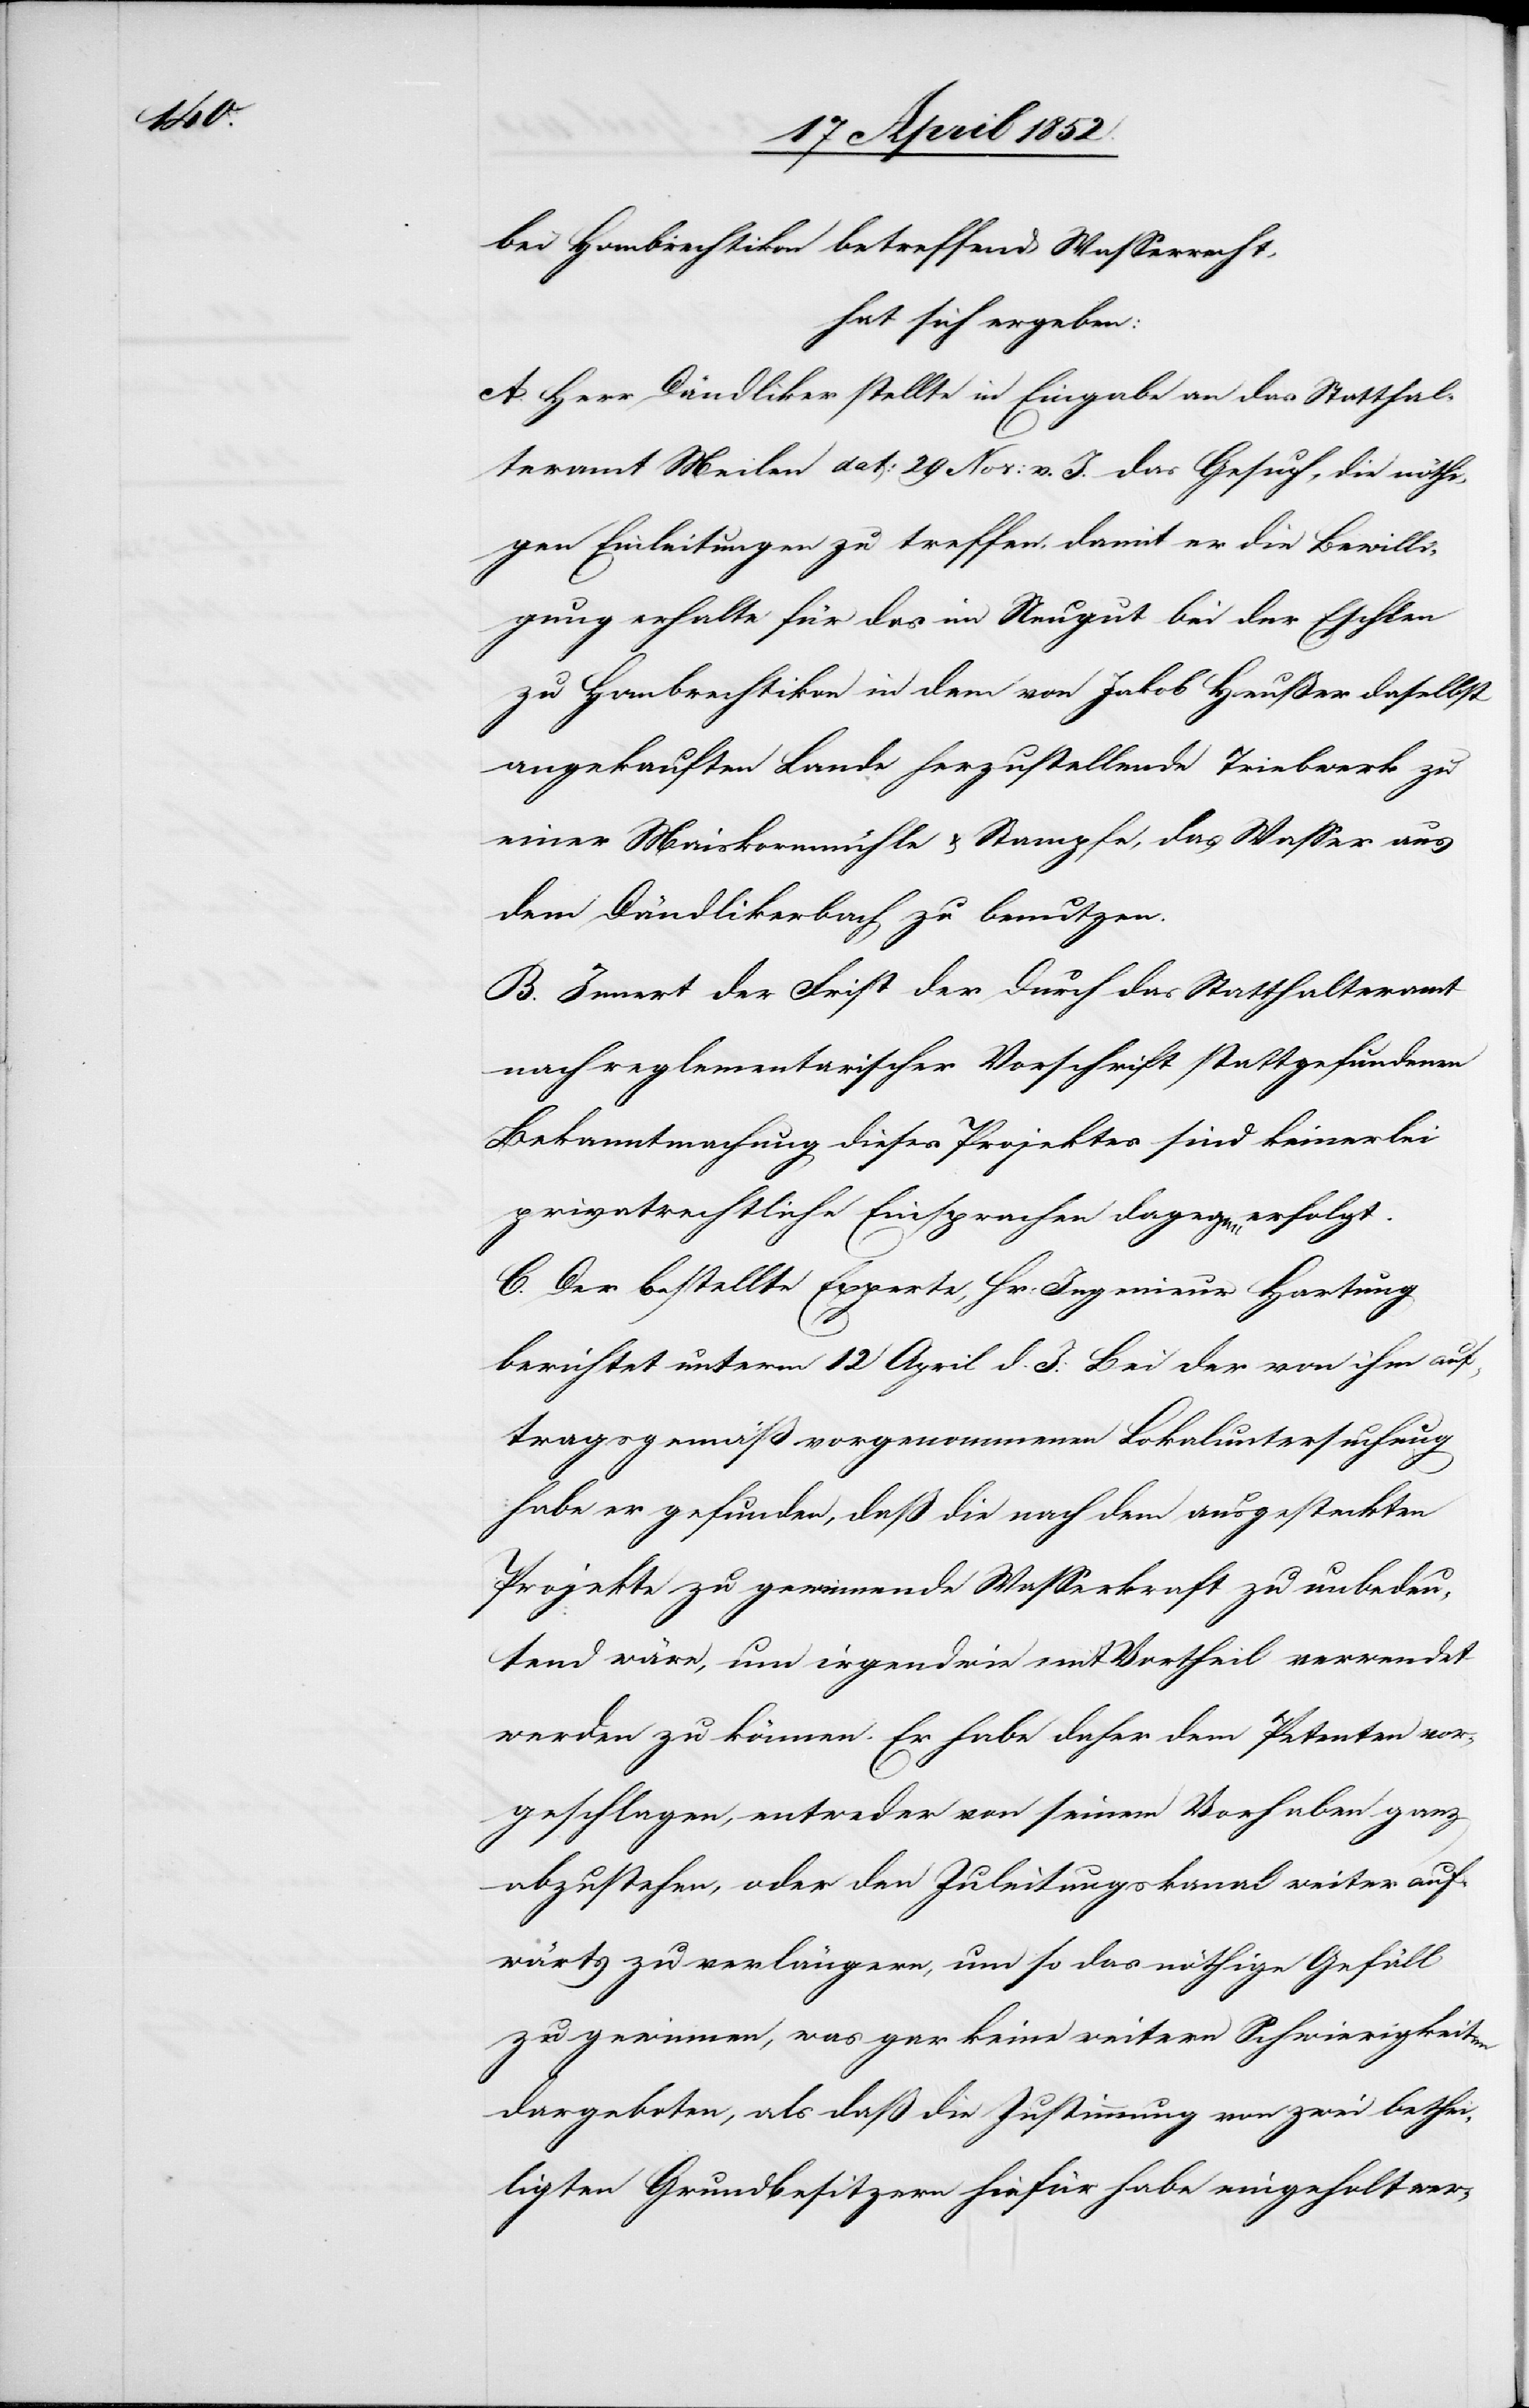
bei Hombrechtikon betreffend Wasserrecht,
hat sich ergeben:
A. Herr Dändliker stellte in Eingabe an das Statthal¬
teramt Meilen dat: 29 Nov: v. J. das Gesuch, die nöthi¬
gen Einleitungen zu treffen, damit er die Bewilli¬
gung erhalte für das im Neugut bei der Eschlen
zu Hombrechtikon in dem von Jakob Heußer daselbst
angekauften Lande herzustellende Triebwerk zu
einer Maiskornmühle & Stampfe, das Wasser aus
dem Dändlikerbach zu benutzen.
B. Innert der Frist der durch das Statthalteramt
nach reglementarischer Vorschrift stattgefundenen
Bekanntmachung dieses Projektes sind keinerlei
privatrechtliche Einsprachen dagegen erfolgt.
C. Der bestellte Experte, Hr: Ingenieur Hartung
berichtet unterm 12 April d. J: Bei der von ihm auf¬
tragsgemäß vorgenommenen Lokaluntersuchung
habe er gefunden, daß die nach dem ausgesteckten
Projekte zu gewinnende Wasserkraft zu unbedeu¬
tend wäre, um irgendwie mit Vortheil verwendet
werden zu können. Er habe daher dem Petenten vor¬
geschlagen, entweder von seinem Vorhaben ganz
abzustehen, oder den Zuleitungskanal weiter auf¬
wärts zu verlängern, um so das nöthige Gefäll
zu gewinnen, was gar keine weitern Schwierigkeiten
dargeboten, als daß die Zustimmung von zwei bethei¬
ligten Grundbesitzern hiefür habe eingeholt wer-